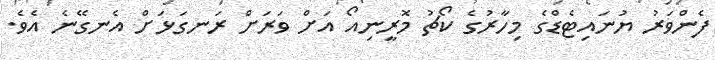
ފެންވަރު ޔުނައިޓެޑްގެ މިހާރުގެ ކޯޗު މޮރީނިއޯ އަށް ވަރަށް ރަނގަޅަށް އެނގޭނެ އެވެ.